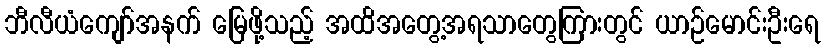
ဘီလီယံကျော်အနက် မြေဖို့သည့် အထိအတွေ့အရသာတွေကြားတွင် ယာဉ်မောင်းဦးရေ